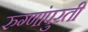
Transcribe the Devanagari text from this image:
रुग्णांपुरती